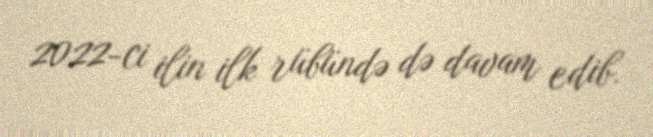
2022-ci ilin ilk rübündə də davam edib.